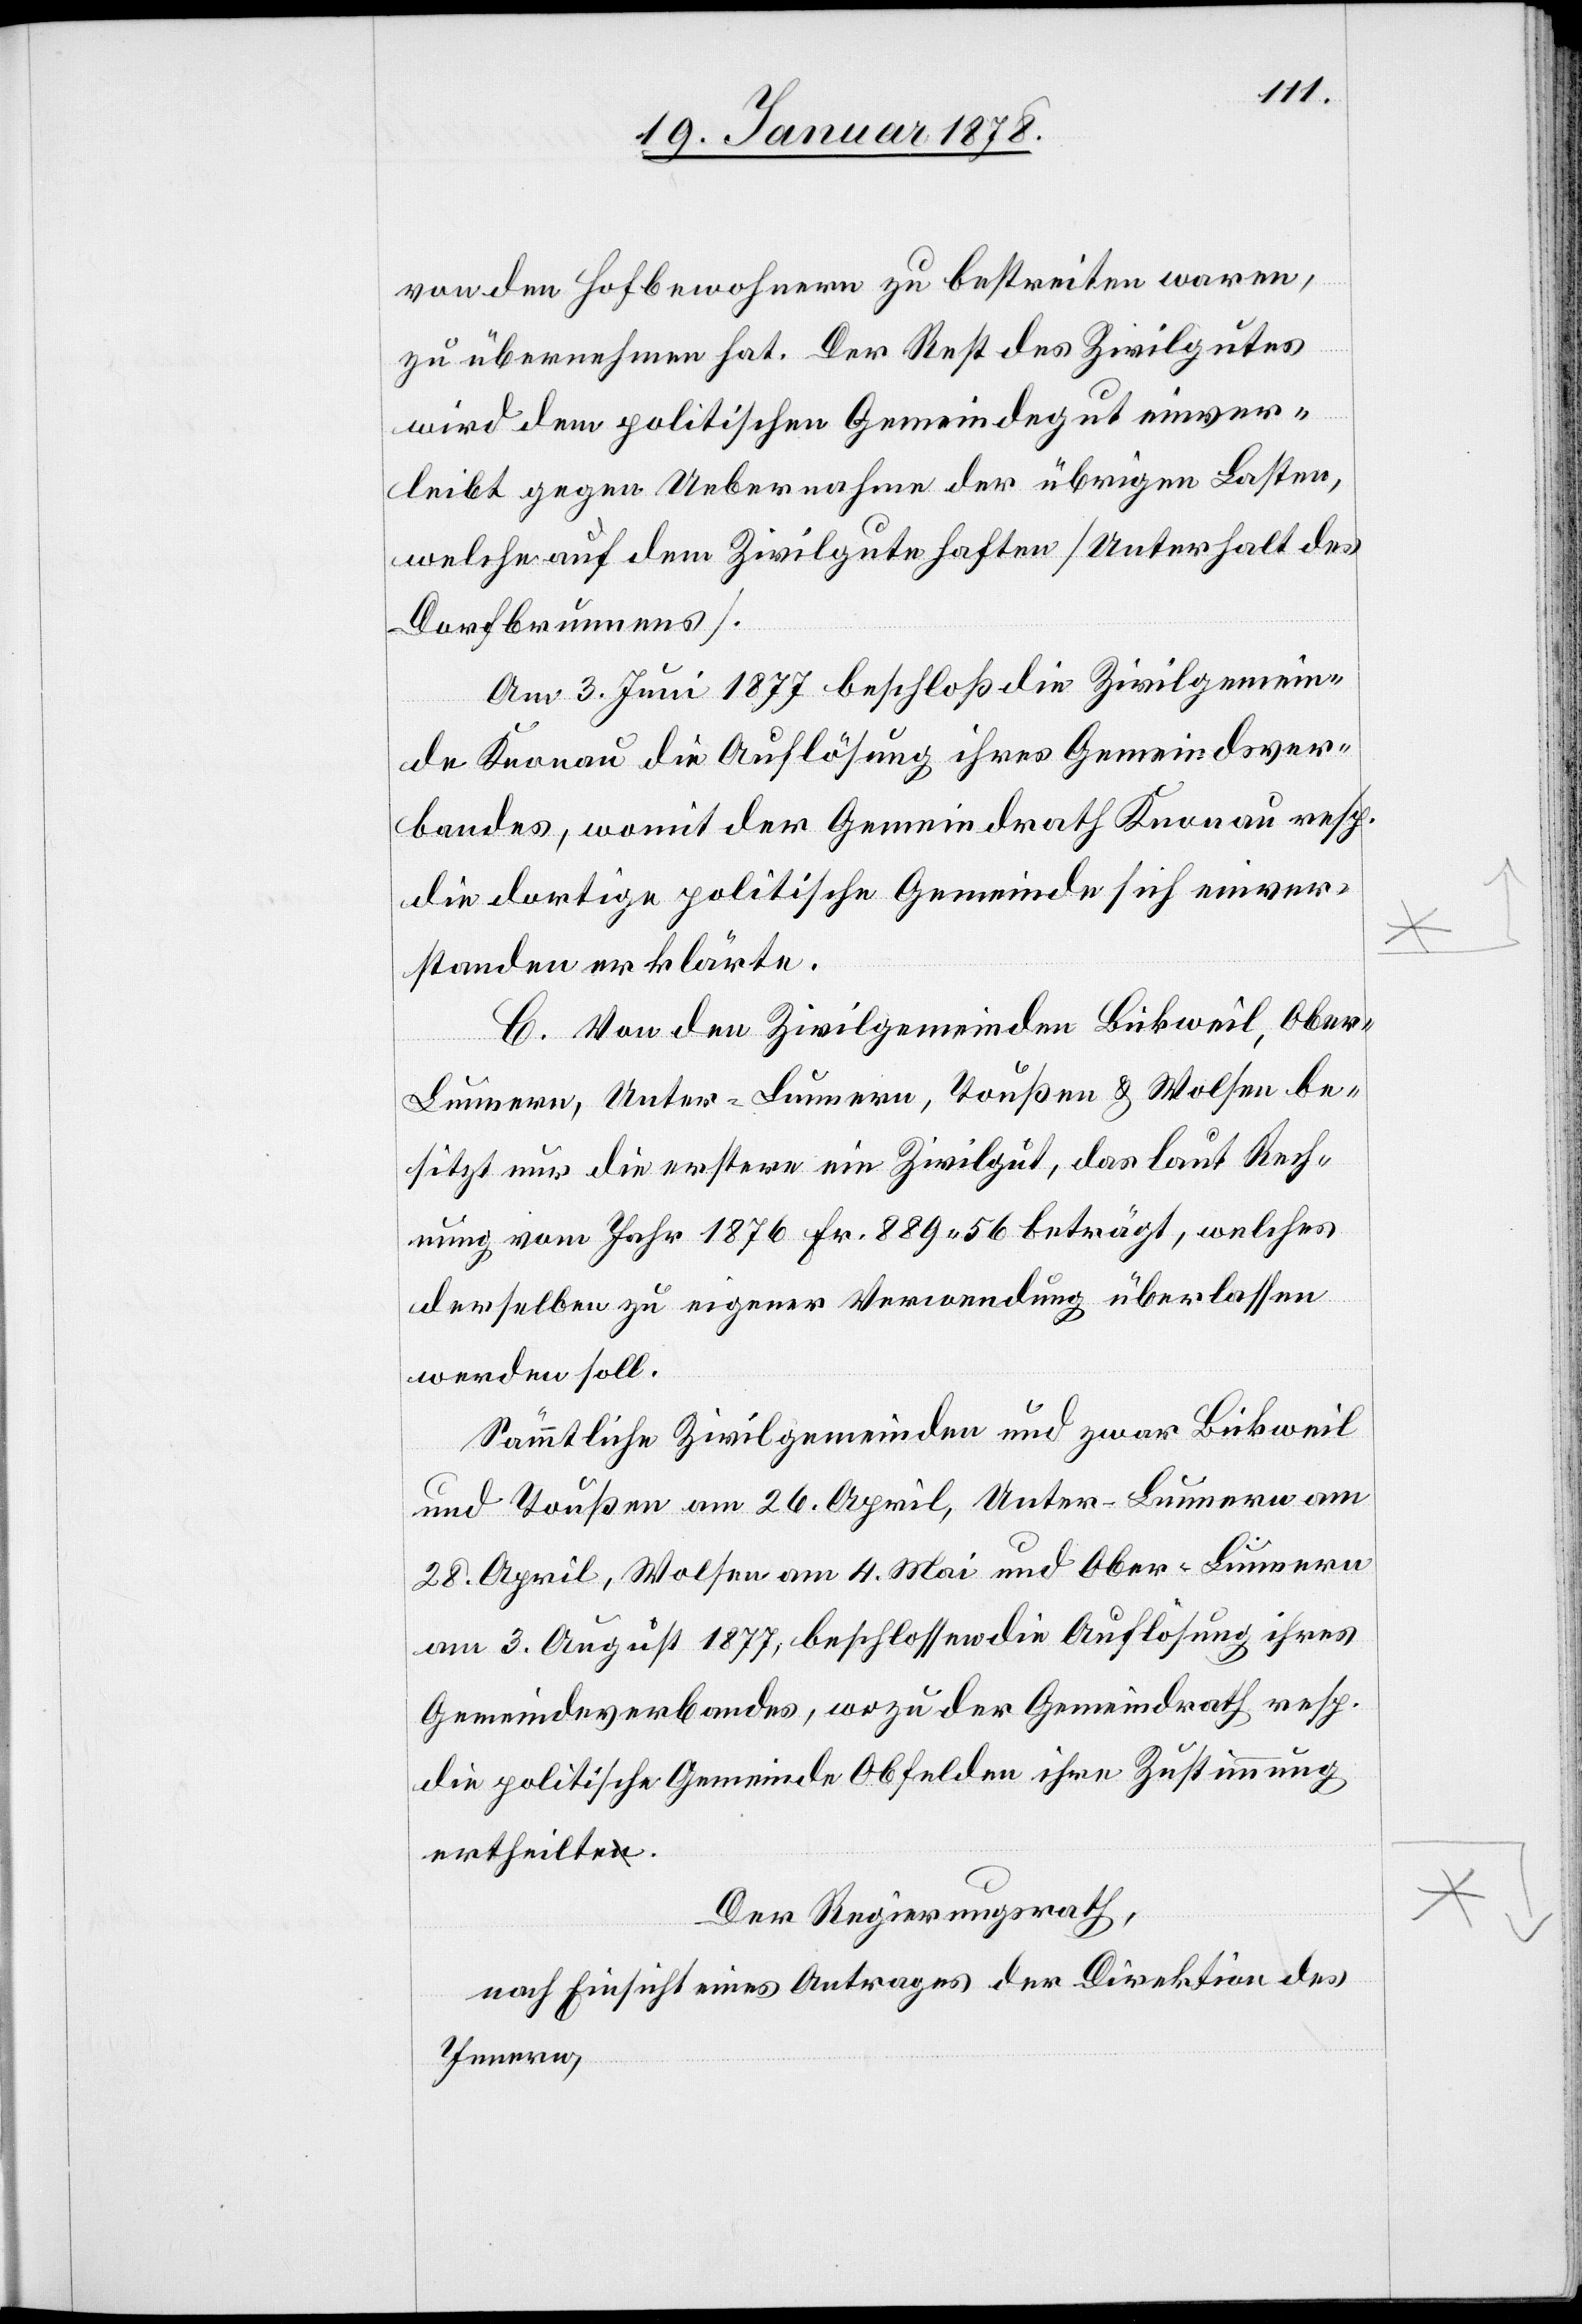
von den Hofbewohnern zu bestreiten waren,
zu übernehmen hat. Der Rest des Zivilgutes
wird dem politischen Gemeindegut einver¬
leibt gegen Uebernahme der übrigen Lasten,
welche auf dem Zivilgute haften (Unterhalt des
Dorfbrunnens).
Am 3. Juni 1877 beschloß die Zivilgemein¬
de Knonau die Auflösung ihres Gemeindsver¬
bandes, womit der Gemeindrath Knonau resp.
die dortige politische Gemeinde sich einver¬
standen erklärte.
C. Von den Zivilgemeinden Bickweil, Ober
Lummern, Unter - Lummern, Toußen & Wolsen be¬
sitzt nur die erstere ein Zivilgut, das laut Rech¬
nung vom Jahr 1876 Fr. 889. 56 beträgt, welches
derselben zu eigener Verwendung überlassen
werden soll.
Sämmtliche Zivilgemeinden und zwar Bickweil
und Toußen am 26. April, Unter - Lummern am
28. April, Wolsen am 4. Mai und Ober - Lummern
am 3. August 1877, beschlossen die Auflösung ihres
Gemeindeverbandes, wozu der Gemeindrath resp.
die politische Gemeinde Obfelden ihre Zustimmung
ertheilte.
Der Regierungsrath,
nach Einsicht eines Antrages der Direktion des
Innern,